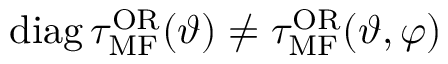
\mathrm { d i a g } \, \tau _ { \mathrm { M F } } ^ { \mathrm { O R } } ( \vartheta ) \neq \tau _ { \mathrm { M F } } ^ { \mathrm { O R } } ( \vartheta , \varphi )